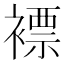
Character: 褾